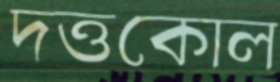
দত্তকোল